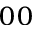
_ { 0 0 }